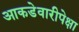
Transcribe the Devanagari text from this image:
आकडेवारीपेक्षा